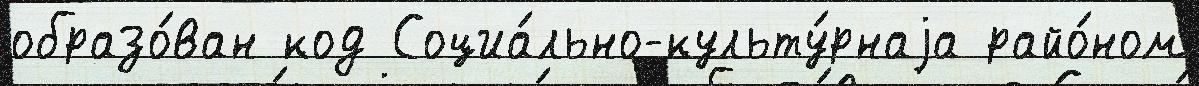
образо́ван код Социа́льно-культу́рнаjа райо́ном